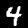
Label: 4